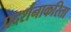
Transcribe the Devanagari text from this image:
प्रदर्शनाकरिता